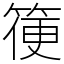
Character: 箯